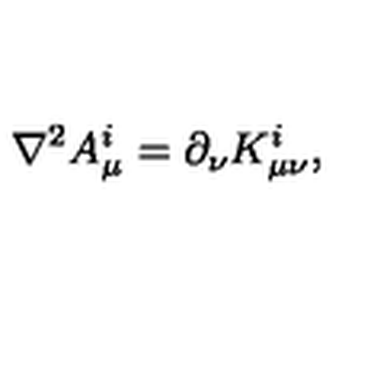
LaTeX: \nabla ^ { 2 } A _ { \mu } ^ { i } = \partial _ { \nu } K _ { \mu \nu } ^ { i } ,